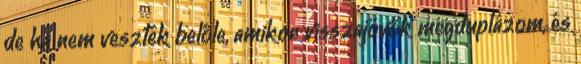
de ha nem vesztek belőle, amikor visszajövők megduplázom, és